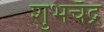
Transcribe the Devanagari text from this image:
शुभचँद्र